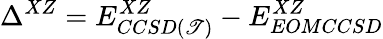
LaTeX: \Delta^{XZ}=E_{CCSD(\mathscr{T})}^{XZ}-E_{EOMCCSD}^{XZ}